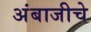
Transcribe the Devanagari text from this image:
अंबाजीचे